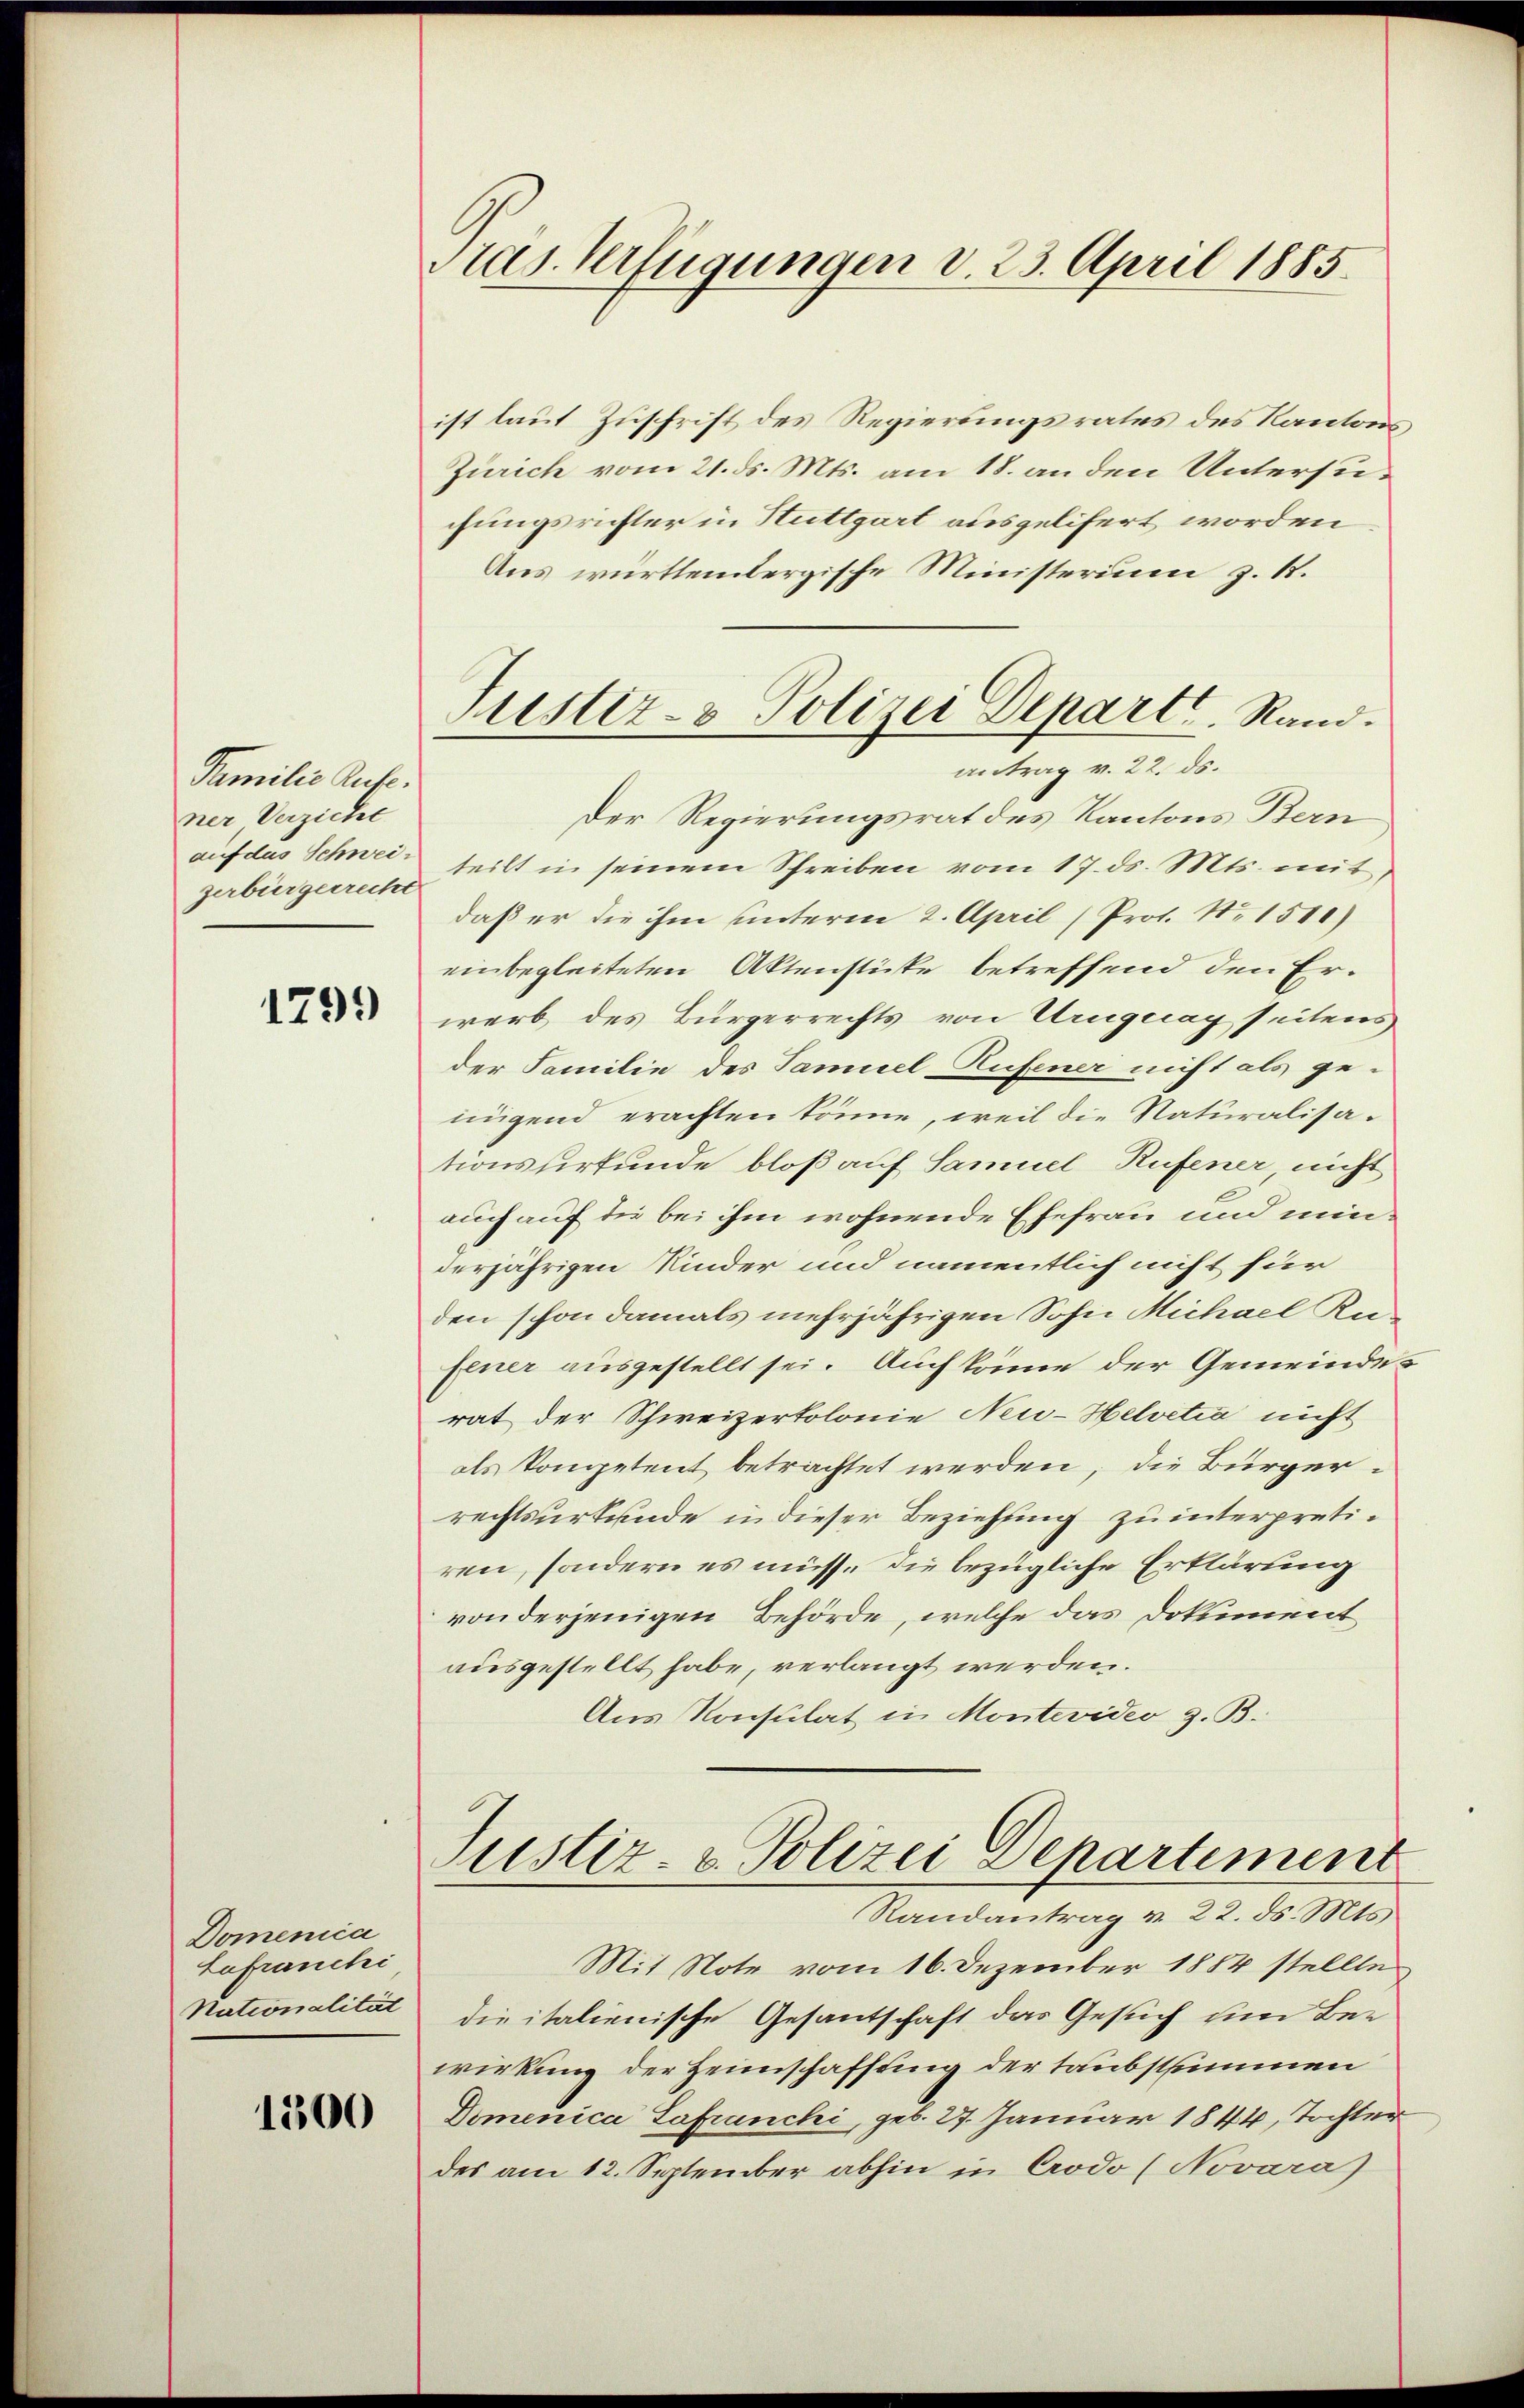
Familie Aufe.
ner Verzicht
auf das Schweizerbürgerrecht

1799

Domenia
Lafranchi
Nationalität

1300

Stas Verfügungen v. 23. April 1885.

Justiz- & Polizei Departe. Rand.
antrag v. 22. ds.

ist laut Zuschrift des Regierungsrates des Kantons
Zürich vom 21. ds. Mts. am 18. an den Untersuchungsrichter in Stuttgart ausgelifert worden
Aus württembergische Ministerium z. B.
Der Regierungsrat des Kantons Bern
teilt in seinem Schreiben vom 17. ds. Mts. mit,
daß er die ihm unterm 2. April (Prot. Nr. 1510)
einbegleiteten Aktenstüste betreffend den Erwerb des Bürgerrechts von Uruguay seitens
der Familie des Samuel Aufener nicht als ge-
nügend erachten könne, weil die Naturalisationsverfunde bloß auf Samuel Rufener, nicht
auch auf die bei ihm wohnende Ehefrau und minderjährigen Kinder und namentlich nicht für
den schon damals mehrjährigen Sohn Michael Küfener ausgestellt sei. Auch könne der Gemeindes
rat der Schweizertolonie Neu-Helvetia nicht
als Kompetent betrachtet werden, die Bürgerrechtsurkunde in dieser Beziehung zu interpretiren, sondern es müsse die bezügliche Erklärung
von derjenigen Behörde, welche das Dokument
ausgestellt habe, verlangt werden.
Aus Konsulat in Montevideo z. B.

Justiz- & Polizei Departement
Randantrag v. 22. ds. Mts.

Mit Note vom 16. Dezember 1884 stellte
die italienische Gesantschaft das Gesuch um Ber
wirkung der Heimschaffung der taubstimmen
Domenica Lafranchi, geb. 27. Januar 1844, Tochter
des am 12. September abhin in Crodo (Novara